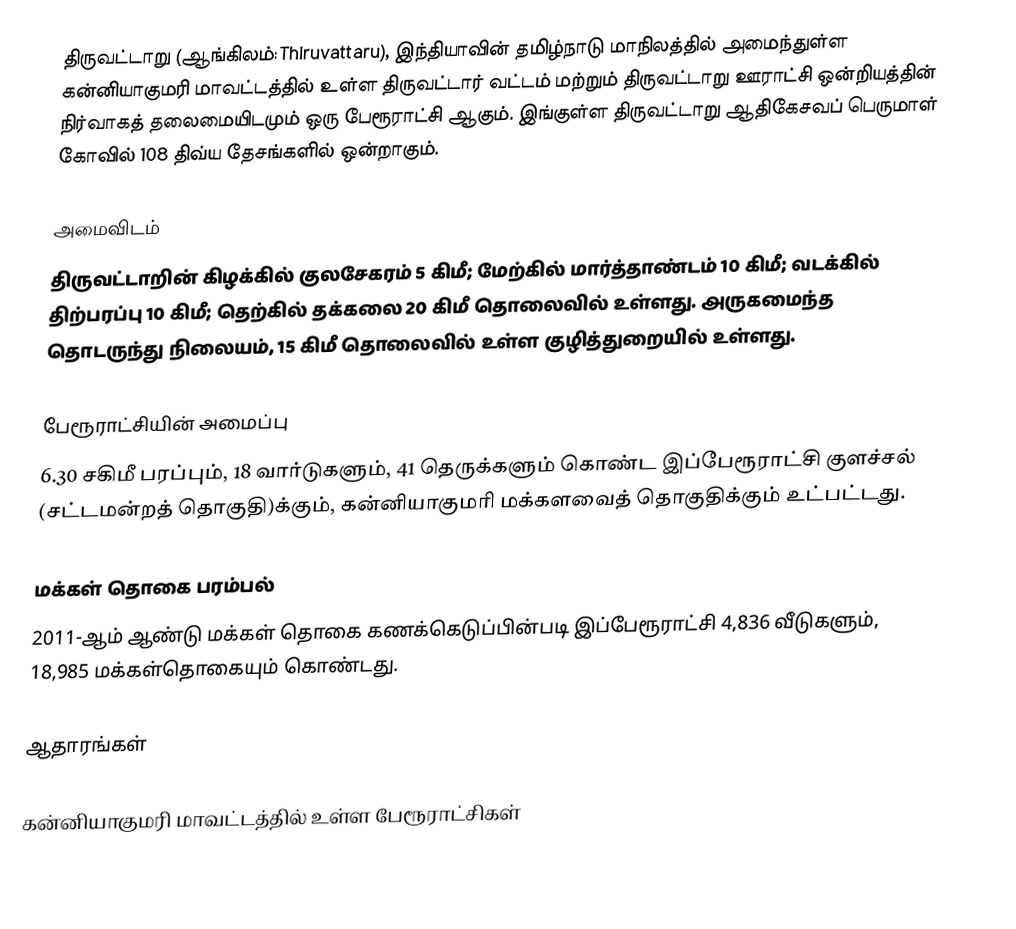
திருவட்டாறு (ஆங்கிலம்:Thiruvattaru), இந்தியாவின் தமிழ்நாடு மாநிலத்தில் அமைந்துள்ள கன்னியாகுமரி மாவட்டத்தில் உள்ள திருவட்டார் வட்டம் மற்றும் திருவட்டாறு ஊராட்சி ஒன்றியத்தின் நிர்வாகத் தலைமையிடமும் ஒரு பேரூராட்சி ஆகும். இங்குள்ள திருவட்டாறு ஆதிகேசவப் பெருமாள் கோவில் 108 திவ்ய தேசங்களில் ஒன்றாகும்.

அமைவிடம்
திருவட்டாறின் கிழக்கில் குலசேகரம் 5 கிமீ; மேற்கில் மார்த்தாண்டம் 10 கிமீ; வடக்கில் திற்பரப்பு 10 கிமீ;  தெற்கில் தக்கலை 20 கிமீ தொலைவில் உள்ளது. அருகமைந்த தொடருந்து நிலையம், 15 கிமீ தொலைவில் உள்ள குழித்துறையில் உள்ளது.

பேரூராட்சியின் அமைப்பு
6.30 சகிமீ பரப்பும், 18 வார்டுகளும், 41 தெருக்களும் கொண்ட இப்பேரூராட்சி  குளச்சல் (சட்டமன்றத் தொகுதி)க்கும், கன்னியாகுமரி மக்களவைத் தொகுதிக்கும் உட்பட்டது.

மக்கள் தொகை பரம்பல்
2011-ஆம் ஆண்டு மக்கள் தொகை கணக்கெடுப்பின்படி  இப்பேரூராட்சி                                    4,836  வீடுகளும், 18,985  மக்கள்தொகையும் கொண்டது.

ஆதாரங்கள்

கன்னியாகுமரி மாவட்டத்தில் உள்ள பேரூராட்சிகள்